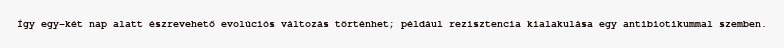
Így egy-két nap alatt észrevehető evolúciós változás történhet; például rezisztencia kialakulása egy antibiotikummal szemben.